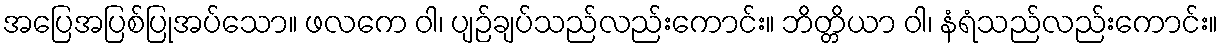
အပြေအပြစ်ပြုအပ်သော။ ဖလကေ ဝါ၊ ပျဉ်ချပ်သည်လည်းကောင်း။ ဘိတ္တိယာ ဝါ၊ နံရံသည်လည်းကောင်း။